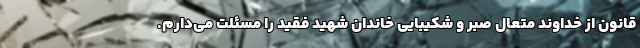
قانون از خداوند متعال صبر و شکیبایی خاندان شهید فقید را مسئلت می‌دارم.